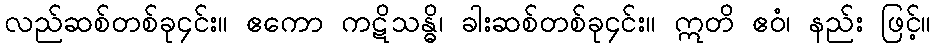
လည်ဆစ်တစ်ခု၄င်း။ ဧကော ကဋိသန္ဓိ၊ ခါးဆစ်တစ်ခု၄င်း။ ဣတိ ဧဝံ၊ နည်း ဖြင့်။